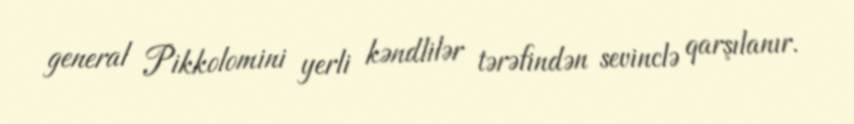
general Pikkolomini yerli kəndlilər tərəfindən sevinclə qarşılanır.